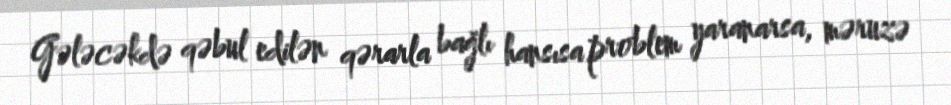
Gələcəkdə qəbul edilən qərarla bağlı hansısa problem yaranarsa, məruzə